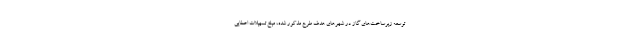
توسعه زیرساخت‌های گاز در شهرهای هدف طرح مذکور شده، مبلغ تسهیلات اعطایی